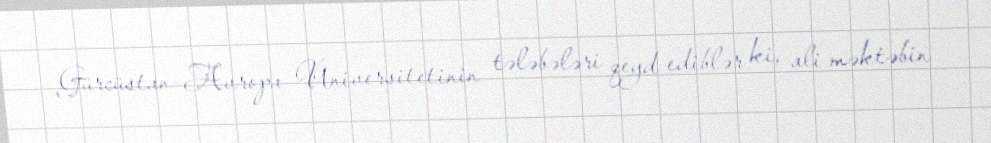
Gürcüstan-Avropa Universitetinin tələbələri qeyd ediblər ki, ali məktəbin